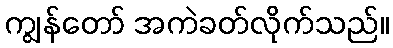
ကျွန်တော် အကဲခတ်လိုက်သည်။